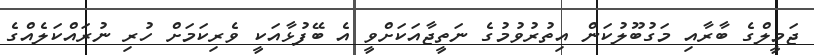
ޖަމީލްގެ ބާރާއި މަގުބޫލުކަން އިތުރުވުމުގެ ނަތީޖާއަކަށްވީ އެ ބޭފުޅާއަކީ ވެރިކަމަށް ހުރި ނުރައްކަލެއްގެ